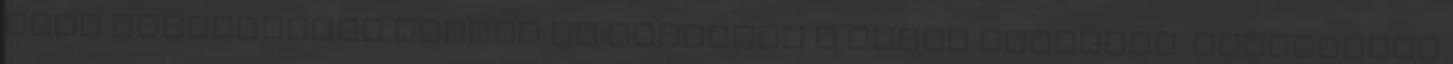
mint hatvanezren járnak át dolgozni a másik országba. Amerikából